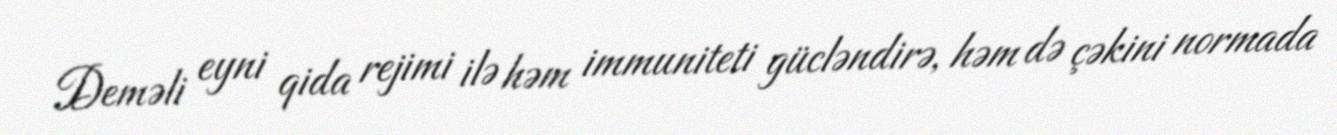
Deməli eyni qida rejimi ilə həm immuniteti gücləndirə, həm də çəkini normada